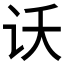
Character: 𫍚